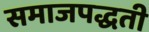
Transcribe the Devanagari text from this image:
समाजपद्धती